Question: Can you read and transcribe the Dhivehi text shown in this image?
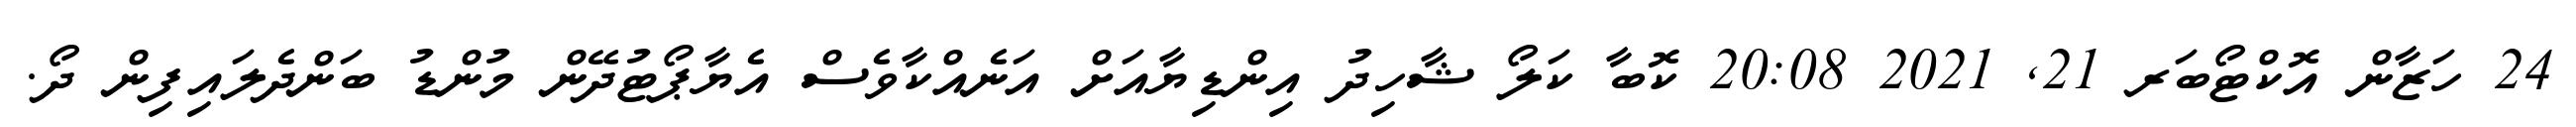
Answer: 24 ހަޒާން އޮކްޓޯބަރ 21, 2021 20:08 ކޮބާ ކަލޯ ޝާހިދު އިންޑިޔާއަށް އަނެއްކާވެސް އެޔާޕޯޓުދޭން މުންޑު ބަންދެލައިފިން ދޯ.